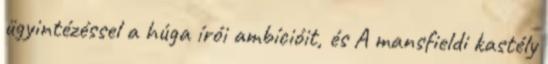
ügyintézéssel a húga írói ambícióit, és A mansfieldi kastély